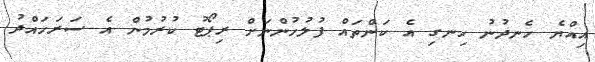
އިއްޔެ ހެނދުނު ހިނގި އެ ކަންތައް ފުލުހުންނަށް ރިޕޯޓު ކުރުމުން އެ ސަރަހައްދު